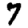
Digit: 7